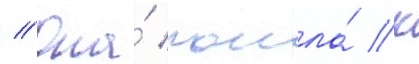
// Она́ пошла́ к